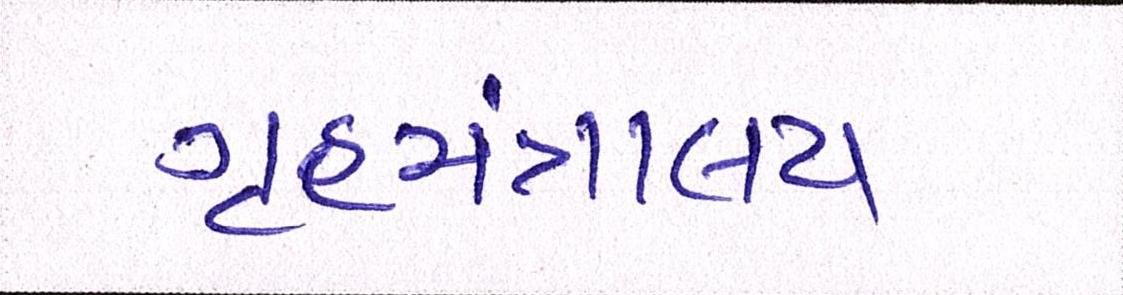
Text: ગૃહમંત્રાલય